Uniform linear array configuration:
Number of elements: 48
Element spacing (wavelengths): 0.25
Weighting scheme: kaiser
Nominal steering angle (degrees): -45
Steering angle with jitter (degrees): -44.071
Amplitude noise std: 0.05
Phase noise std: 0.05

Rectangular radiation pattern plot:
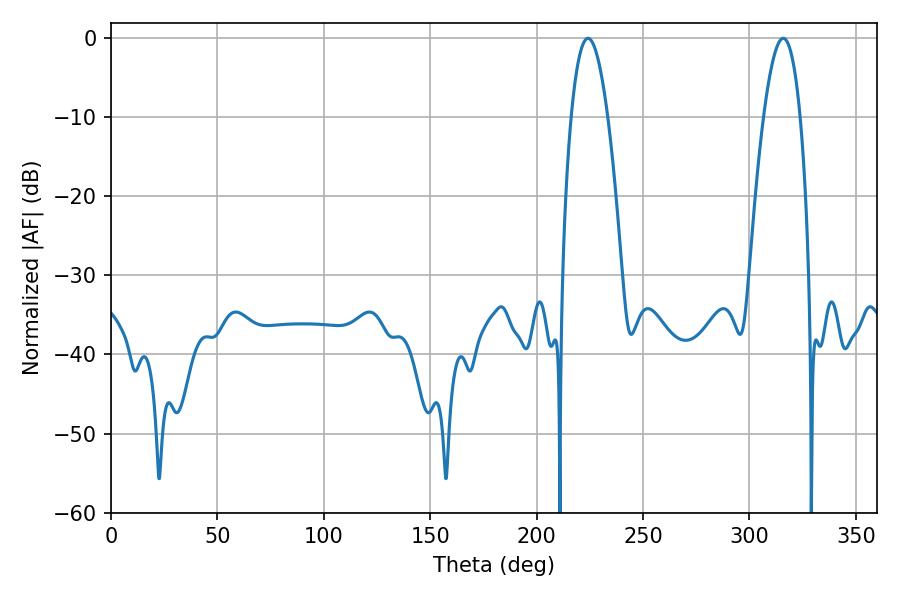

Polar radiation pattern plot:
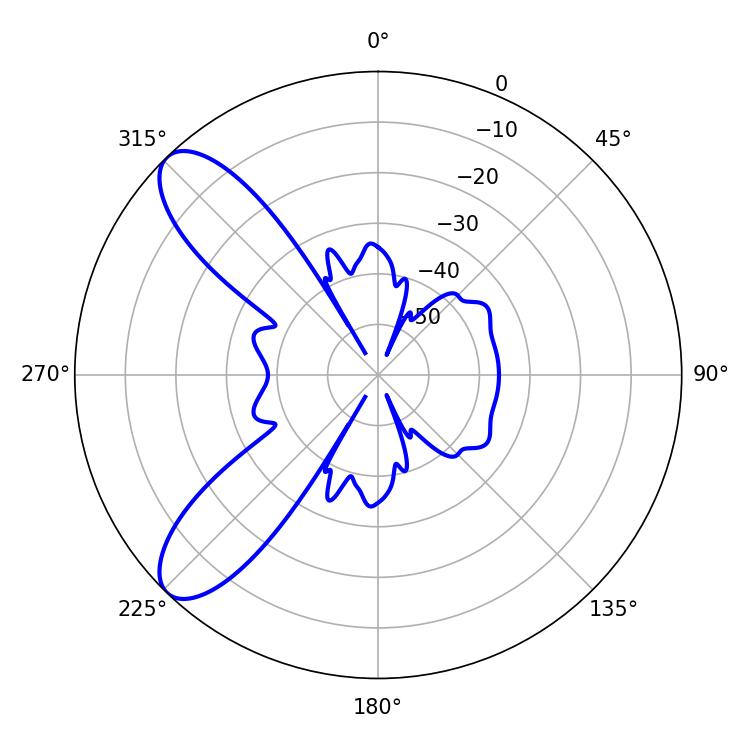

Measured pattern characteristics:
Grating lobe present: FALSE
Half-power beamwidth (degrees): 9.54
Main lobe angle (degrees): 224.1